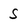
Character: S